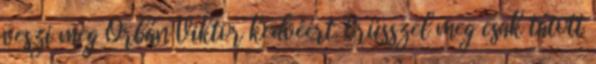
veszi meg Orbán Viktor kedvéért. Brüsszel meg csak tátott